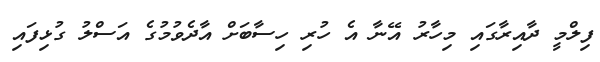
ފިލްމީ ދާއިރާގައި މިހާރު އޭނާ އެ ހުރި ހިސާބަށް އާދެވުމުގެ އަސްލު ގުޅިފައި